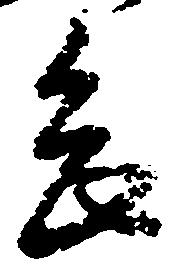
念